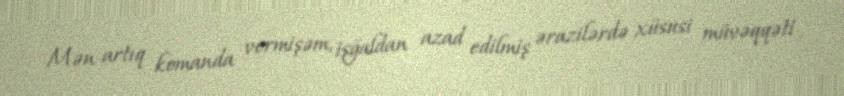
Mən artıq komanda vermişəm, işğaldan azad edilmiş ərazilərdə xüsusi müvəqqəti